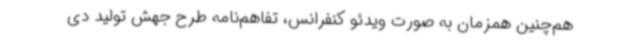
هم‌چنین همزمان به صورت ویدئو کنفرانس، تفاهم‌نامه طرح جهش تولید دی